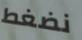
نضغط